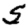
Digit: 5